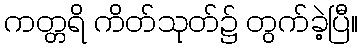
ကတ္တရိ ကိတ်သုတ်၌ တွက်ခဲ့ပြီ။